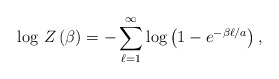
\begin{align*}\log \, Z\left( \beta \right) =-\sum _{\ell =1}^{\infty }\log \left( 1-e^{-\beta \ell /a}\right) ,\end{align*}